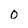
Character: 0